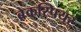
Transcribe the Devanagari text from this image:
ब्रेकस्पियर